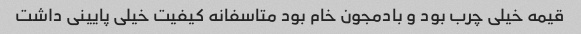
قیمه خیلی چرب بود و بادمجون خام بود متاسفانه کیفیت خیلی پایینی داشت